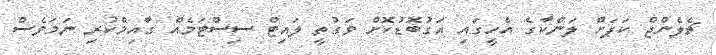
ޗެލެންޖް ކަޕަށް ލަންކާގެ އެހީގައި އަގުބޮޑުކޮށް ވަގުތީ ލައިޓް ސިސްޓަމެއް ގާއިމްކުރި ނަމަވެސް